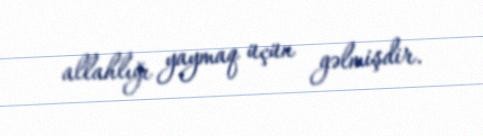
allahlığı yaymaq üçün gəlmişdir.